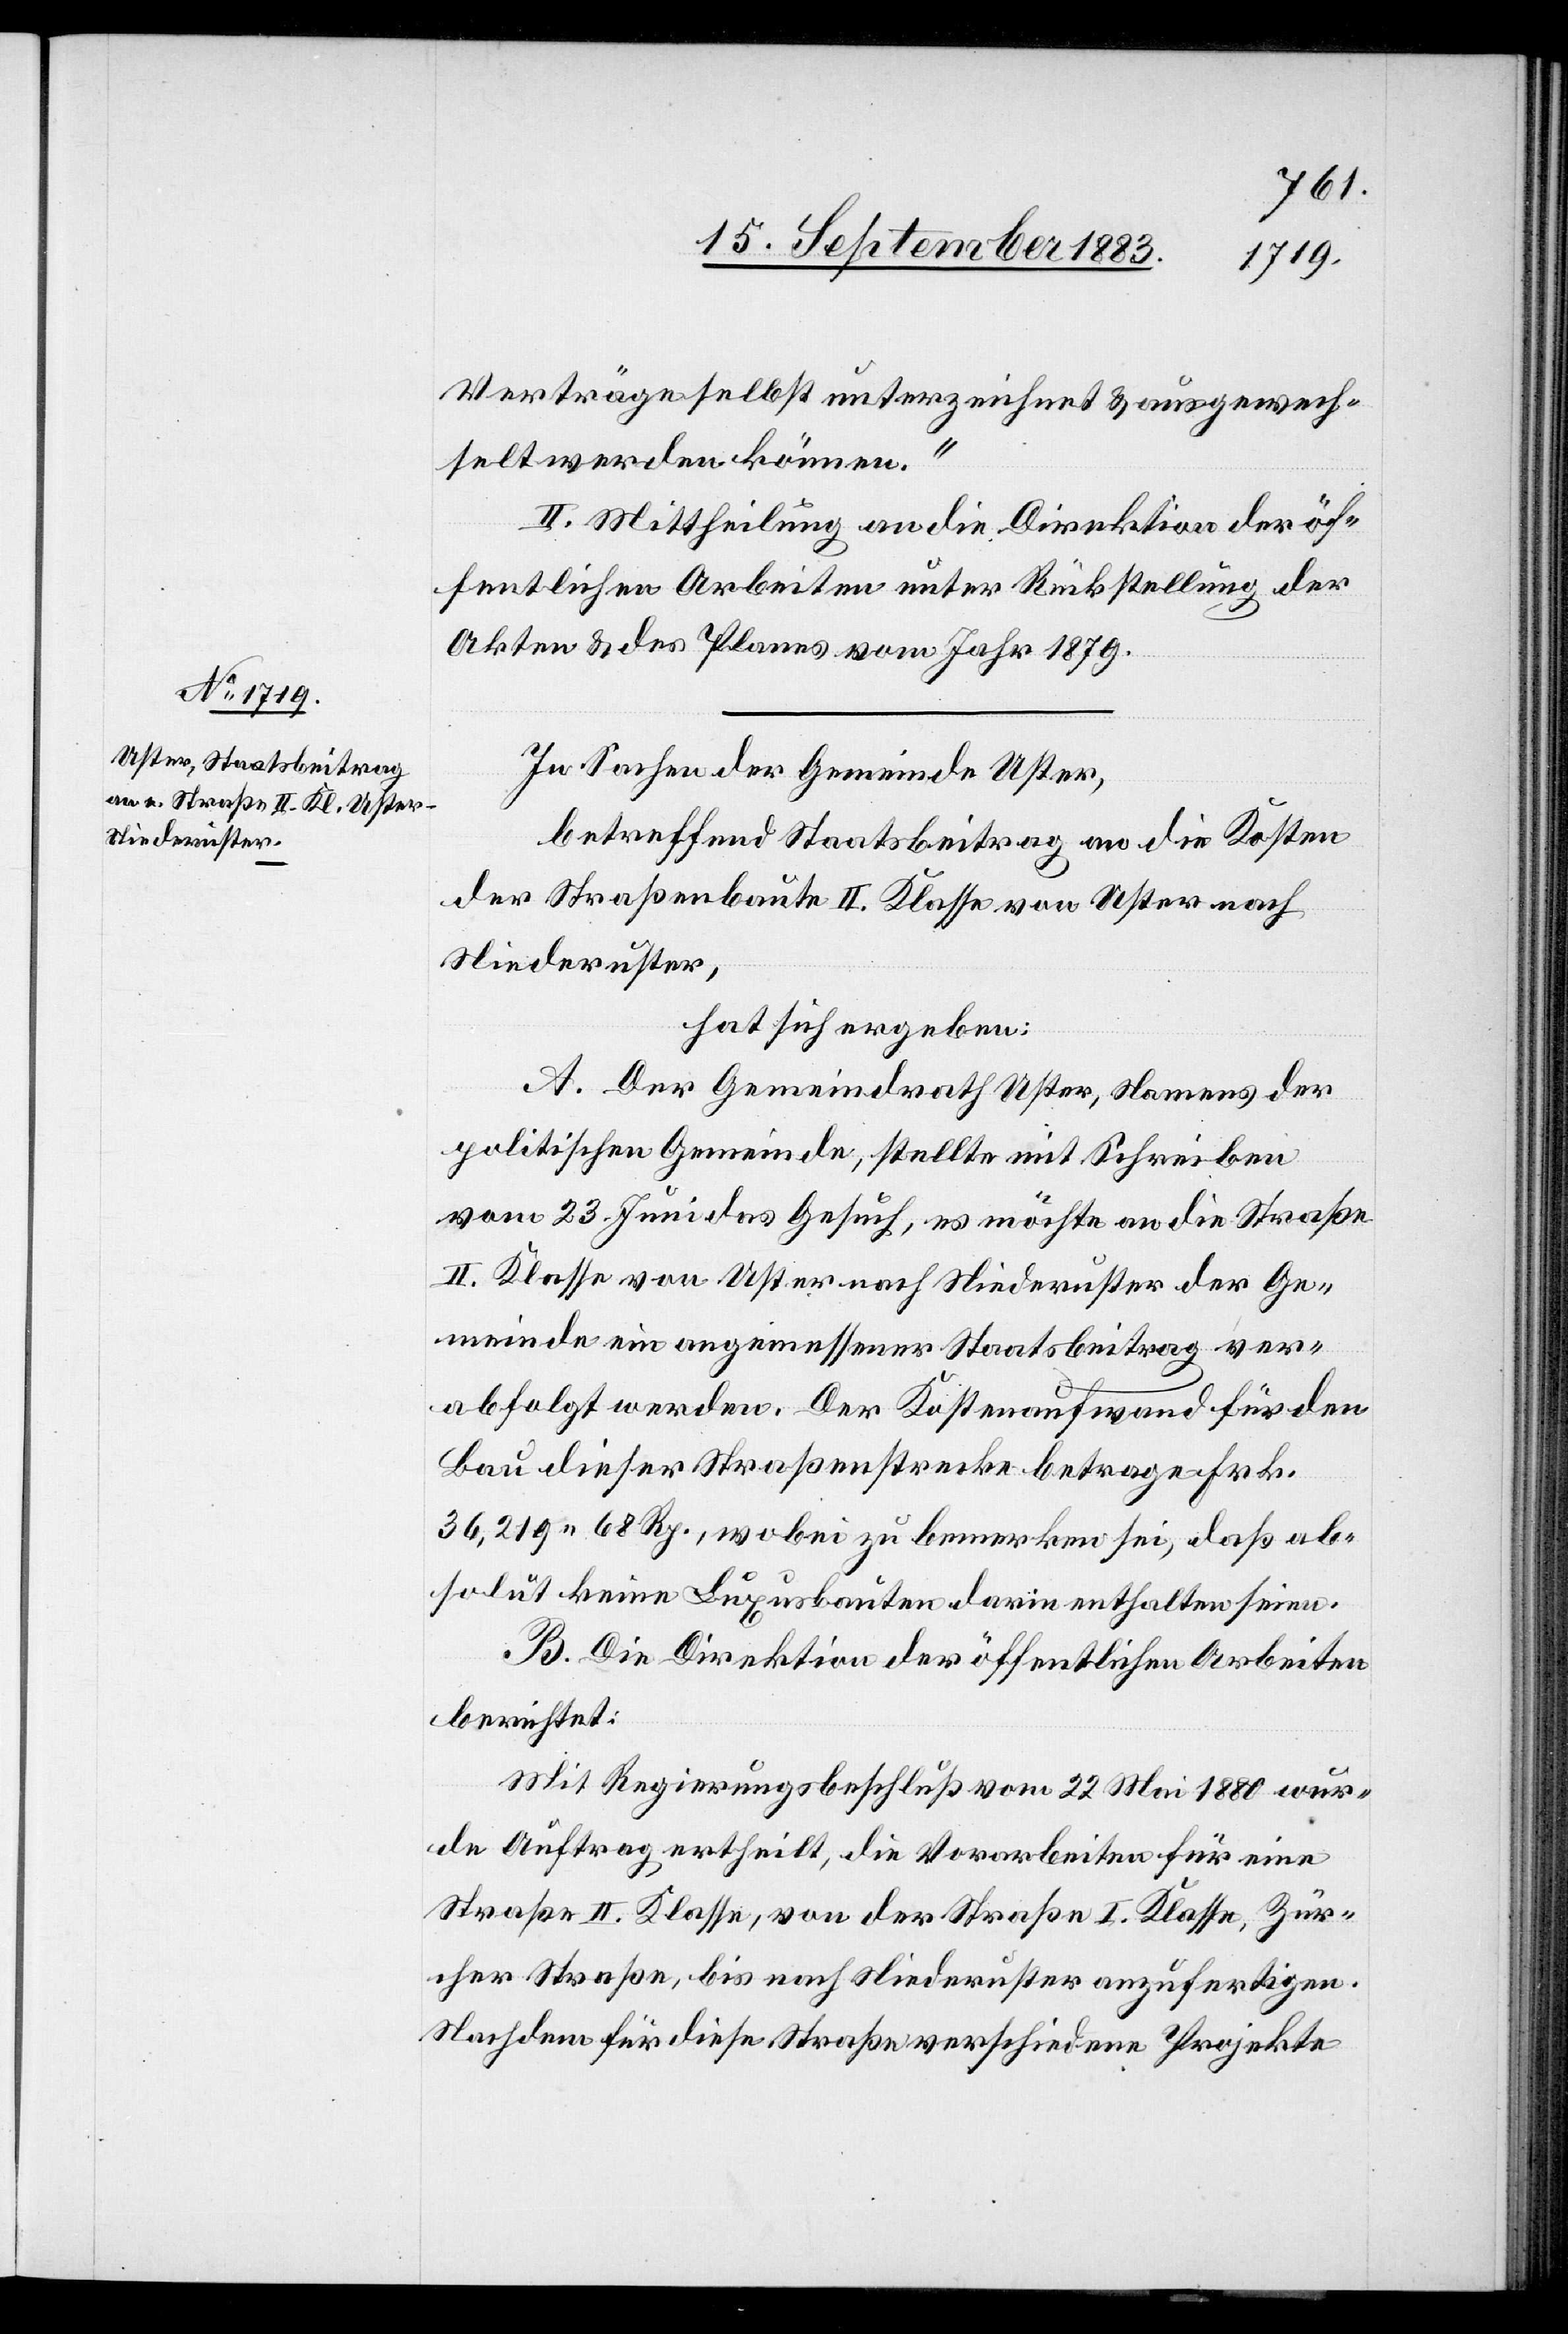
Verträge selbst unterzeichnet & ausgewech¬
selt werden können.“
II. Mittheilung an die Direktion der öf¬
fentlichen Arbeiten unter Rückstellung der
Akten & des Planes vom Jahr 1879.